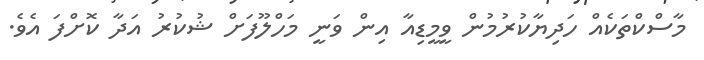
މާސްކްތަކެއް ހަދިޔާކުރުމުން ވީމީޑިއާ އިން ވަނީ މަހްލޫފަށް ޝުކުރު އަދާ ކޮށްފަ އެވެ.